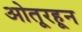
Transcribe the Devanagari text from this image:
ओतूरहून